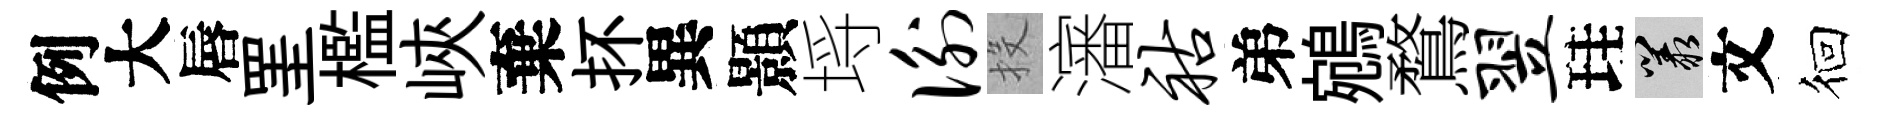
例大唇罣檻峽棄抔異顥埓衡投瀋祜弟鵷鶩翌珪叢文徊